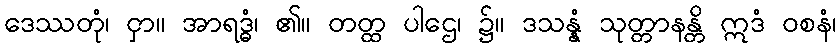
ဒေဿတုံ၊ ငှာ။ အာရဒ္ဓံ၊ ၏။ တတ္ထ ပါဌေ၊ ၌။ ဒသန္နံ သုတ္တာနန္တိ ဣဒံ ဝစနံ၊